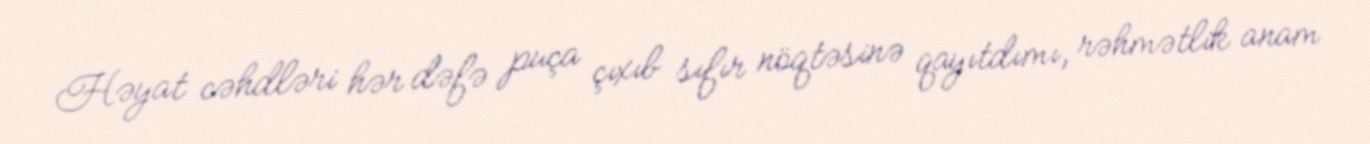
Həyat cəhdləri hər dəfə puça çıxıb sıfır nöqtəsinə qayıtdımı, rəhmətlik anam